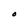
Character: O